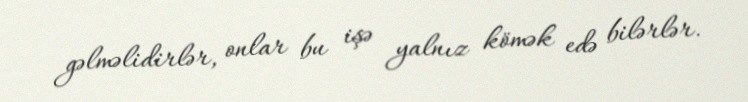
gəlməlidirlər, onlar bu işə yalnız kömək edə bilərlər.